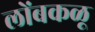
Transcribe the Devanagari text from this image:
लोंबकळू